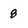
Character: 8